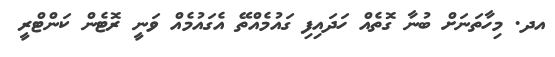
އދ. މިހާތަނަށް ބުނާ ގޮތެއް ހަދައިފި ގައުމެއްތޭ އެގައުމެއް ވަނީ ރޮޓެން ކަންޓްރީ